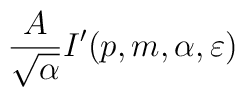
\frac{A}{\sqrt{\alpha }}I'(p,m,\alpha ,\varepsilon )